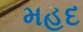
મહદ